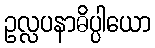
ဥလ္လပနာဓိပ္ပါယော